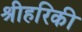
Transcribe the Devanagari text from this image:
श्रीहरिकी